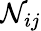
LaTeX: \mathcal N_{ij}